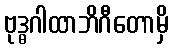
ဗုဒ္ဓဂါထာဘိဂီတောမှိ